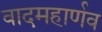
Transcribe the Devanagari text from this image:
वादमहार्णव